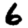
Digit: 6